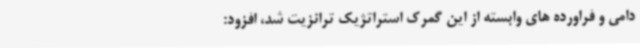
دامی و فراورده های وابسته از این گمرک استراتژیک ترانزیت شد، افزود: